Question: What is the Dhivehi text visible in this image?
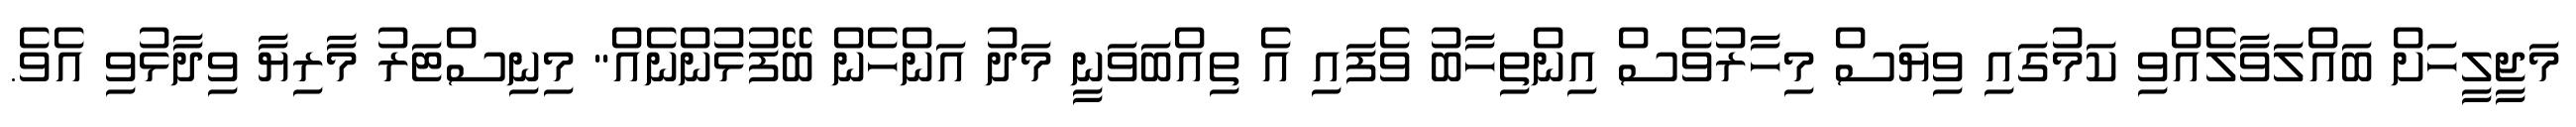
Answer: މަޖީލީހަށް ބައްލަވާލެއްވި ކަމުގައި ވިޔަސް މިހާރުވެސް އިންތިހާބު ވެފައި އެ ތިއްބަވަނީ މަދު އަންހެން ބޭފުޅުންނެއް" މިނިސްޓަރު މާރިޔާ ވިދާޅުވި އެވެ.